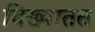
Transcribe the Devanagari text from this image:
विख्यातत